system: You are a helpful assistant.
user:
Analyze the provided spectrum to determine if it is a **White Dwarf (WD)**.

A White Dwarf spectrum is defined by its **extreme purity** (due to gravitational settling) and/or **extreme pressure broadening** (due to high surface gravity). You must check for one of the following mutually exclusive signatures:

- **Key Visual Indicators (Check for ONE of these types):**

    - **1. DA-Type Signature (Most Common):**
        - **(Primary Feature):** Extreme pressure broadening (Stark broadening) of the **Hydrogen (H) Balmer lines**.
        - **(Key Lines):** $H\beta$ (approx. $4861$ Å) and $H\gamma$ (approx. $4340$ Å). $H\alpha$ (approx. $6563$ Å) will also be present if the wavelength range covers it.
        - **(Line Profile):** This is the **defining feature**. The lines are **NOT** sharp. They appear as massive, **extremely broad and deep "troughs" or "dips"** in the spectrum, often hundreds of Ångströms wide. The continuum will appear to "scoop" down at these wavelengths.
        - **(Distinction):** Normal A-type or B-type stars have *narrow* and *sharp* Hydrogen lines. A DA White Dwarf's lines are unmistakably "smeared" or "blurry" from pressure.

    - **2. DB-Type Signature:**
        - **(Primary Feature):** Broad absorption lines from **Neutral Helium (He I)**. The spectrum must lack any visible Hydrogen lines.
        - **(Key Lines):** Look for broad absorption near $4471$ Å, $4921$ Å, and $5876$ Å.
        - **(Line Profile):** These lines are also significantly pressure-broadened, appearing much wider than they would in a normal B-type main-sequence star.

    - **3. DC-Type Signature:**
        - **(Primary Feature):** A **featureless continuous spectrum**.
        - **(Line Profile):** The spectrum is a smooth curve with **no significant absorption or emission lines**.
        - **(Key Confirmation):** The continuum is almost always **blue or white**, indicating a hot object. This signature implies the atmosphere is so pure (or so cool) that no spectral lines are visible in the optical range. Its WD identity is confirmed by its extremely low intrinsic brightness (high absolute magnitude).

    - **4. DZ-Type Signature (Metal-Polluted):**
        - **(Primary Feature):** **Isolated, narrow metal absorption lines** on an otherwise featureless (DC-like) continuum.
        - **(Key Lines):** The **Calcium (Ca II) H & K doublet** (approx. **$3934$ Å** and **$3968$ Å**) is the most common and defining feature.
        - **(Line Profile):** These lines are "out of place." They are *not* part of a "forest" of thousands of lines. This signature is evidence of recent *accretion* (pollution) from rocky debris.
        - **(Distinction):** Normal G/K/M stars have a *dense forest* of thousands of metal lines. A DZ has a *clean* continuum with *only a few* strong metal lines.

    - **5. DQ-Type Signature (Carbon-Polluted):**
        - **(Primary Feature):** Absorption bands from **Carbon (C₂ "Swan Bands" or atomic C I)**.
        - **(Key Lines - C₂):** Look for bandheads with a "saw-tooth" shape near $5635$ Å, **$5165$ Å** (strongest), and $4737$ Å.
        - **(Key Confirmation):** The underlying **continuum must be blue or white** (hot).
        - **(Distinction):** This is the critical difference from a **Carbon Star**, which has the *exact same* C₂ bands but on an extremely **red, cool** continuum.

- **(Overall Spectrum):**
    - The continuum (overall shape) is typically **blue-sloping** (brighter in the blue than the red), as most white dwarfs are very hot.
    - The spectrum will look "pure" or "simple," dominated by only *one* of the five signatures listed above.

Think first, call **spectral_visualization_tool** if needed to examine features in detail, then provide your final answer. Your response must adhere to the following strict rules:
1.  **Overall Structure:** Your response must follow the format `<think>...</think> <tool_call>...</tool_call> (if a tool is used) <answer>...</answer>`.
2.  **Tool Usage Constraint:** You may only make **one** tool call per turn.
3.  **Final Answer Format:** In the `<answer>` tag, your conclusion must be inside a `\boxed{}` command (e.g., `\boxed{YES}` or `\boxed{NO}`), followed by your justification.

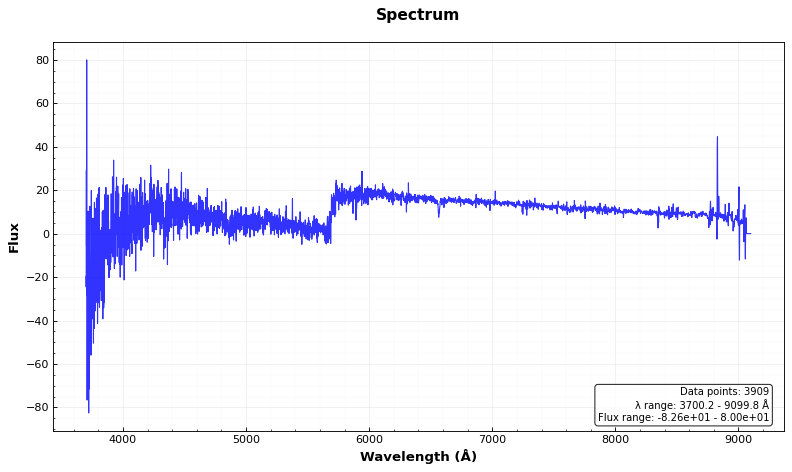
Answer: NO